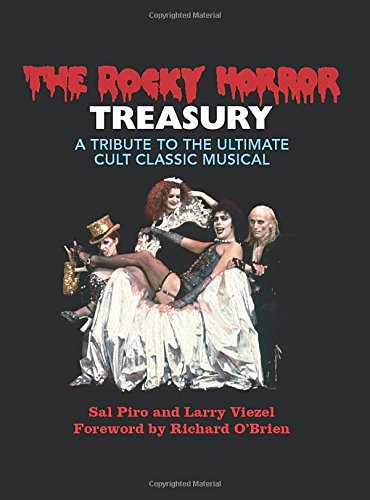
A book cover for The Rocky Horror Treasury: A Tribute to the Ultimate Cult Classic; Sal Piro; Humor & Entertainment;